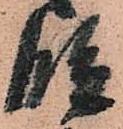
段